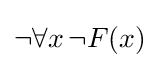
\lnot \forall x\,\lnot F(x)